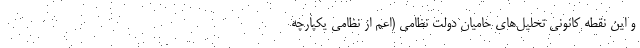
و این نقطه کانونی تحلیل‌های حامیان دولت نظامی (اعم از نظامی‌ یکپارچه